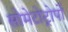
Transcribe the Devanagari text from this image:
सोमेटोट्रोपों